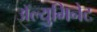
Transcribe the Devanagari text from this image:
ॲल्युमिनेट